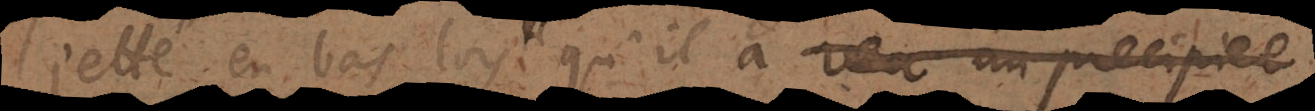
jetté en bas lorsqu’il a veu un precipice